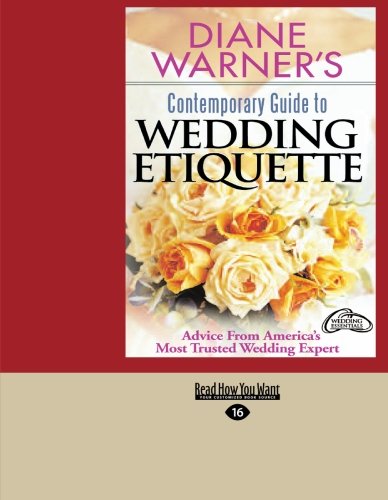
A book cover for Diane Warner's Contemporary Guide to WEDDING ETIQUETTE; Diane Warner; Crafts, Hobbies & Home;